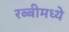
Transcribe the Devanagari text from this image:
रब्बीमध्ये